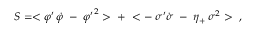
S = < { \varphi ^ { \prime } } \, \dot { \varphi } \; - \; { \varphi ^ { \prime } } ^ { 2 } > \; + \; < - \; \sigma ^ { \prime } \dot { \sigma } \; - \; \eta _ { + } \, \sigma ^ { 2 } > \; \; ,